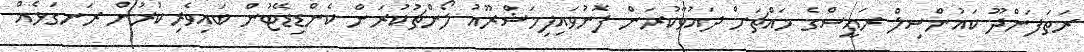
ރަތަފަންދޫ ކައުންސިލް ރައީސްގެ މައްޗަށް ދައުވާކުރަން ފޮނުވައިފިމަޝްރޫއު ލޯންޗުކުރަން ކެންޑިޑޭޓުން ބައިވެރިކުރުން ރަނގަޅެއް